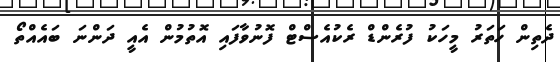
ދެތިން ހަތަރު މީހަކު ފުރެންޑް ރެކުއެސްޓް ފޮނުވާފައި އޮތުމުން އެއީ ދަންނަ ބައެއްތޯ